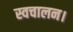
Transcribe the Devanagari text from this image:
स्वचालन।